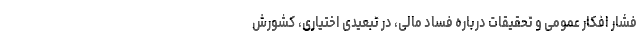
فشار افکار عمومی و تحقیقات درباره فساد مالی، در تبعیدی اختیاری، کشورش